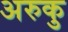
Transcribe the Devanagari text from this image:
अरुकु